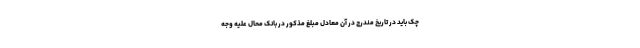
چک باید در تاریخ مندرج در آن معادل مبلغ مذکور در بانک محال علیه وجه